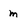
Character: m